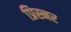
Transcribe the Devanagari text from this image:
प्रिस्नर